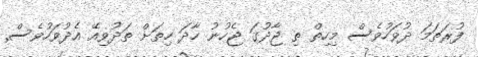
ފުރަތަމަ ދުވަހުވެސް މިހިތް ތި ޖާދުގަ ޖެހުނު ހާދަ ހިތަށް ތަދުވިއޭ އެދުވަހުވެސް